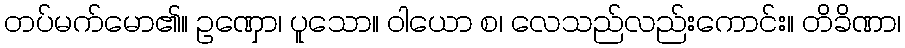
တပ်မက်မော၏။ ဥဏှော၊ ပူသော။ ဝါယော စ၊ လေသည်လည်းကောင်း။ တိခိဏာ၊